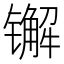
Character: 𨱕